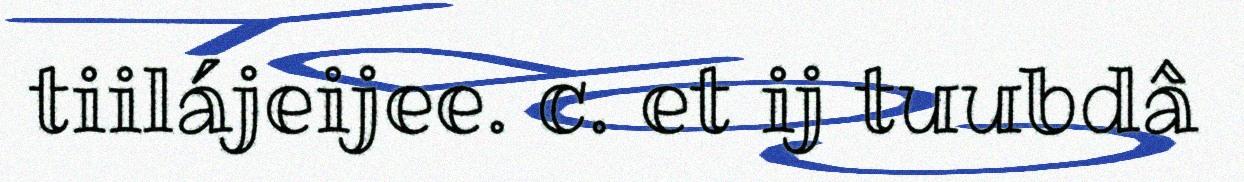
tiilájeijee. c. et ij tuubdâ